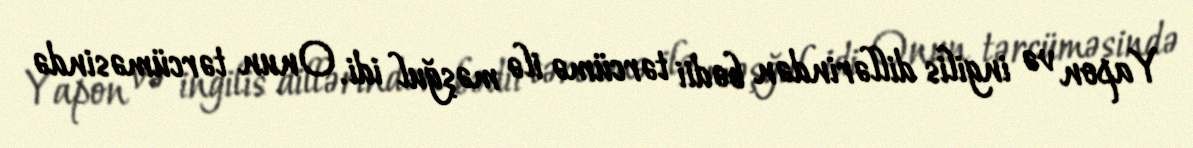
Yapon və ingilis dillərindən bədii tərcümə ilə məşğul idi. Onun tərcüməsində